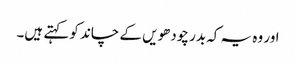
اور وہ یہ کہ بدر چودھویں کے چاند کو کہتے ہیں۔